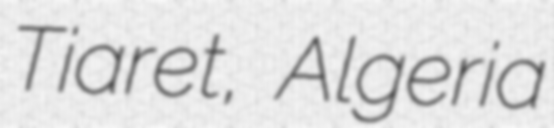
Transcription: Tiaret, Algeria